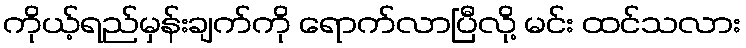
ကိုယ့်ရည်မှန်းချက်ကို ရောက်လာပြီလို့ မင်း ထင်သလား